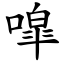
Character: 噑